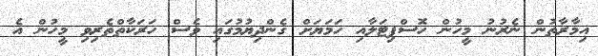
އިމާރާތުން ނެރުނު މީހުން ހޮސްޕިޓަލާއި ހަމަޔަށް ގެންދިޔުމުގައި ވެސް ހަރަކާތްތެރިވި މީހުން އެ